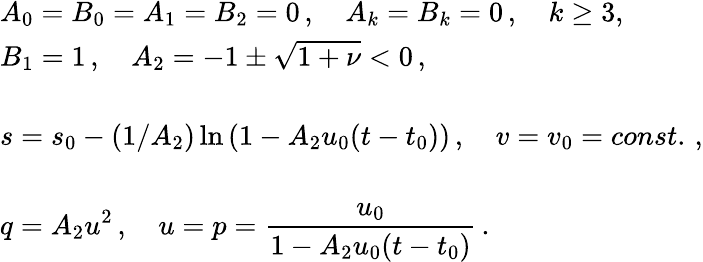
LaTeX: \begin{array}{l}{{A_{0}=B_{0}=A_{1}=B_{2}=0\, ,\quad A_{k}=B_{k}=0\, ,\quad k\geq 3,}}\\ {{B_{1}=1\, ,\quad A_{2}=-1\pm\sqrt{1+\nu}<0\, ,}}\\ {{\mathrm{}}}\\ {{\displaystyle{s=s_{0}-(1/A_{2})\ln\left(1-A_{2}u_{0}(t-t_{0})\right)\, ,\quad v=v_{0}=const.\, ,}}}\\ {{\mathrm{}}}\\ {{\displaystyle{q=A_{2}u^{2}\, ,\quad u=p=\frac{u_{0}}{1-A_{2}u_{0}(t-t_{0})}\, .}}}\end{array}